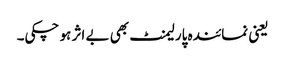
یعنی نمائندہ پارلیمنٹ بھی بے اثر ہو چکی۔